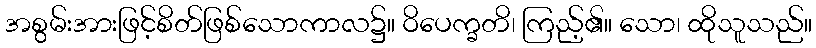
အစွမ်းအားဖြင့်စိတ်ဖြစ်သောကာလ၌။ ဝိပေက္ခတိ၊ ကြည့်၏။ သော၊ ထိုသူသည်။